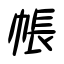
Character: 帳